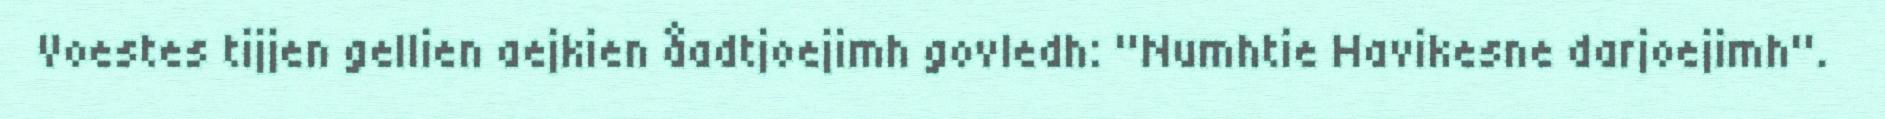
Voestes tijjen gellien aejkien åadtjoejimh govledh: "Numhtie Havikesne darjoejimh".